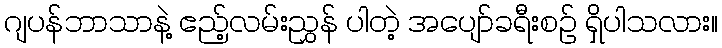
ဂျပန်ဘာသာနဲ့ ဧည့်လမ်းညွှန် ပါတဲ့ အပျော်ခရီးစဉ် ရှိပါသလား။